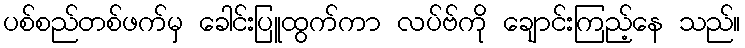
ပစ်စည်တစ်ဖက်မှ ခေါင်းပြူထွက်ကာ လပ်ဗ်ကို ချောင်းကြည့်နေ သည်။